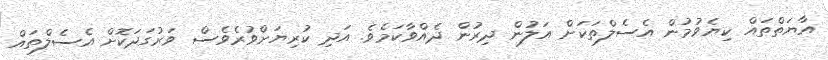
އާޔަތްތައް ކިޔެވުމުން އެސެލްތަކަށް އަލުން ދިރުން ދެއްވާކަމެވެ. އަދި ކުރިޔަށްވުރެވެސް ވަރުގަދަކޮށް އެސެލްތައް